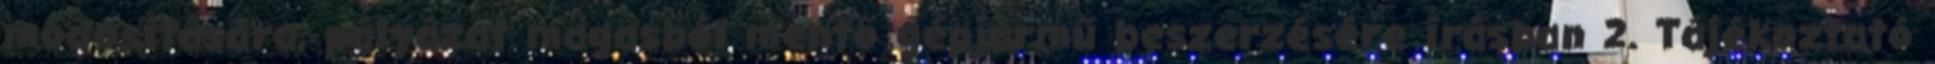
módosítására, pályázat magasból mentő gépjármű beszerzésére írásban 2. Tájékoztató